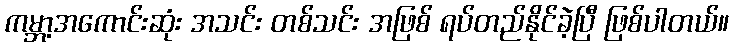
ကမ္ဘာ့အကောင်းဆုံး အသင်း တစ်သင်း အဖြစ် ရပ်တည်နိုင်ခဲ့ပြီ ဖြစ်ပါတယ်။